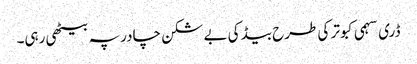
ڈری سہمی کبوتر کی طرح بیڈ کی بے شکن چادر پہ بیٹھی رہی۔